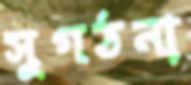
সুগঠনা